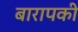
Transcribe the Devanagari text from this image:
बारापकी